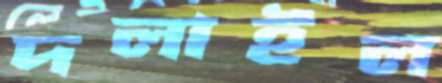
দলাইল